Vaccination Hyderabad 1872-1889 - 1872-1889
Year: 1872
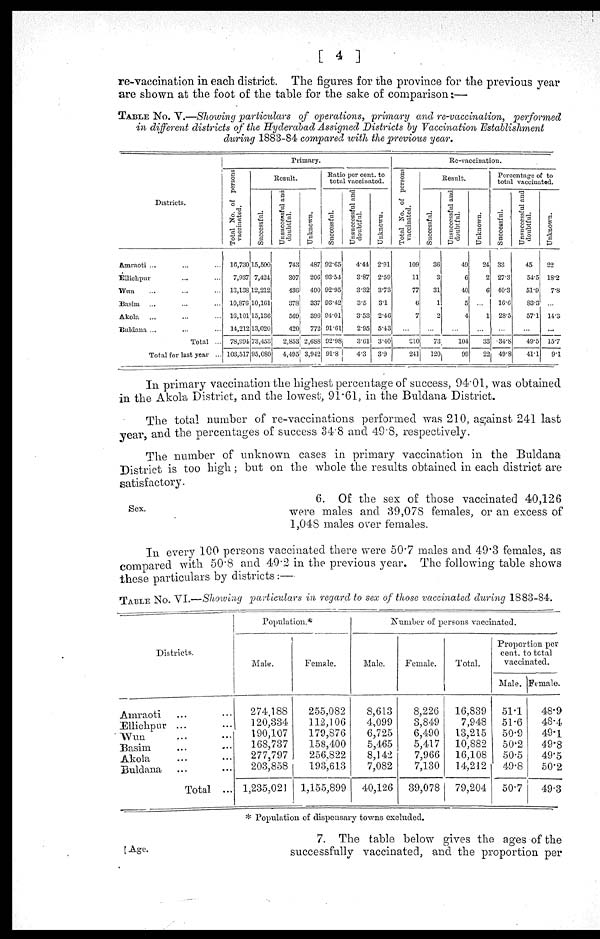
[ 4 ]
re-vaccination in each district. The figures for the province for the previous year
are shown at the foot of the table for the sake of comparison:—
TABLE No. V.—Showing particulars of operations, primary and re-vaccination, performed
in different districts of the Hyderabad Assigned Districts by Vaccination Establishment
during 1883-84 compared with the previous year.
Districts.
Amraoti ... ... ...
Ellichpur ... ...
Wun ... ... ...
Basim ... ... ...
Akola ... ... ...
Buldana ... ... ...
Total ...
Total for last year ...
Primary.
Total No. of persons
vaccinated.
16,730
7,937
13,138
10,876
16,101
14,212
78,994
103,517
Result.
Successful.
15,500
7,424
12,212
10,161
15,136
13,020
73,453
95,080
Unsuccessful and
doubtful.
743
307
436
378
569
420
2,853
4,495
Unknown.
487
206
490
337
396
772
2,688
3,942
Ratio per cent. to
total vaccinated.
Successful.
92.65
93.54
92.95
93.42
94.01
91.61
92.98
91.8
Unsuccessful and
doubtful.
4.44
3.87
3.32
3.5
3.53
2.95
3.61
4.3
Unknown.
2.91
2.59
3.73
3.1
2.46
5.43
3.40
3.9
Re-vaccination.
Total No. of persons
vaccinated.
109
11
77
6
7
...
210
241
Result.
Successful.
36
3
31
1
2
...
73
120
Unsuccessful and
doubtful.
49
6
40
5
4
...
104
99
Unknown.
24
2
6
...
1
...
33
22
Percentage of to
total vaccinated.
Successful.
33
27.3
40.3
16.6
28.5
...
34.8
49.8
Unsuccessful and
doubtful.
45
54.5
51.9
83.3
57.1
...
49.5
41.1
Unknown.
22
18.2
7.8
...
14.3
...
15.7
9.1
In primary vaccination the highest percentage of success, 94.01, was obtained
in the Akola District, and the lowest, 91.61, in the Buldana District.
The total number of re-vaccinations performed was 210, against 241 last
year, and the percentages of success 34.8 and 49.8, respectively.
The number of unknown cases in primary vaccination in the Buldana
District is too high; but on the whole the results obtained in each district are
satisfactory.
Sex.
6. Of the sex of those vaccinated 40,126
were males and 39,078 females, or an excess of
1,048 males over females.
In every 100 persons vaccinated there were 50.7 males and 49.3 females, as
compared with 50.8 and 49.2 in the previous year. The following table shows
these particulars by districts:—
TABLE No. VI.—Showing particulars in regard to sex of those vaccinated during 1883-84.
Districts.
Amraoti ... ...
Ellichpur ... ...
Wun ... ...
Basim ... ...
Akola
...
...
Buldana ... ...
Total ...
Population.*
Male.
274,188
120,334
190,107
168,737
277,797
203,858
1,235,021
Female.
255,082
112,106
179,876
158,400
256,822
193,613
1,155,899
Number of persons vaccinated.
Male.
8,613
4,099
6,725
5,465
8,142
7,082
40,126
Female.
8,226
3,849
6,490
5,417
7,966
7,130
39,078
Total.
16,839
7,948
13,215
10,882
16,108
14,212
79,204
Proportion per
cent. to total
vaccinated.
Male.
51.1
51.6
50.9
50.2
50.5
49.8
50.7
Female.
48.9
48.4
49.1
49.8
49.5
50.2
49.3
* Population of dispensary towns excluded.
Age.
7. The table below gives the ages of the
successfully vaccinated, and the proportion per